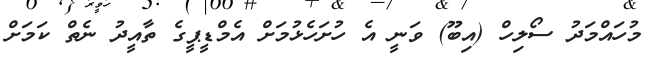
މުހައްމަދު ސޯލިހް (އިބޫ) ވަނީ އެ ހުށަހެޅުމަށް އެމްޑީޕީގެ ތާއީދު ނެތް ކަމަށް